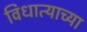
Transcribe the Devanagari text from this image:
विधात्याच्या